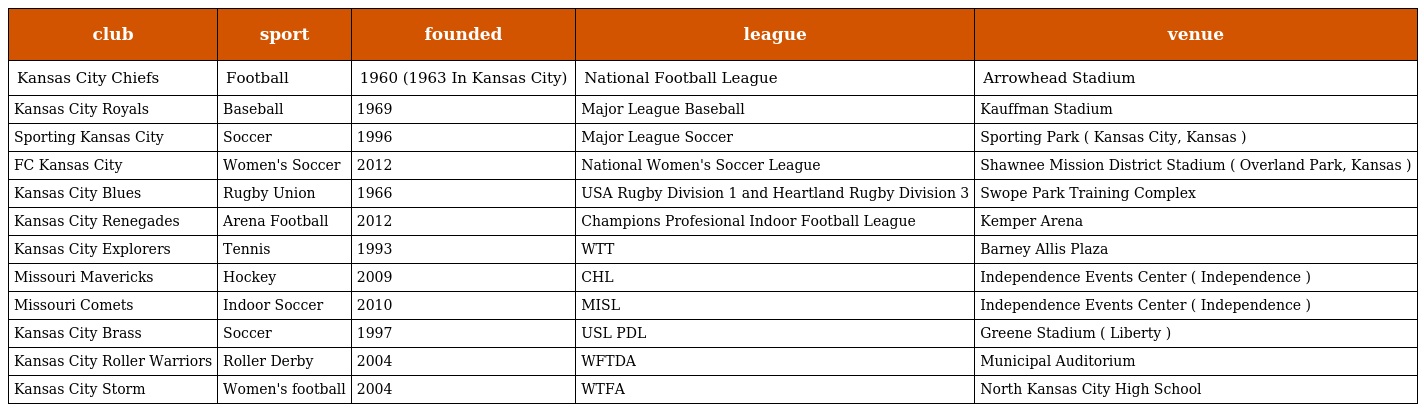
| club | sport | founded | league | venue |
 | --- | --- | --- | --- | --- |
 | Kansas City Chiefs | Football | 1960 (1963 In Kansas City) | National Football League | Arrowhead Stadium |
 | Kansas City Royals | Baseball | 1969 | Major League Baseball | Kauffman Stadium |
 | Sporting Kansas City | Soccer | 1996 | Major League Soccer | Sporting Park ( Kansas City, Kansas ) |
 | FC Kansas City | Women's Soccer | 2012 | National Women's Soccer League | Shawnee Mission District Stadium ( Overland Park, Kansas ) |
 | Kansas City Blues | Rugby Union | 1966 | USA Rugby Division 1 and Heartland Rugby Division 3 | Swope Park Training Complex |
 | Kansas City Renegades | Arena Football | 2012 | Champions Profesional Indoor Football League | Kemper Arena |
 | Kansas City Explorers | Tennis | 1993 | WTT | Barney Allis Plaza |
 | Missouri Mavericks | Hockey | 2009 | CHL | Independence Events Center ( Independence ) |
 | Missouri Comets | Indoor Soccer | 2010 | MISL | Independence Events Center ( Independence ) |
 | Kansas City Brass | Soccer | 1997 | USL PDL | Greene Stadium ( Liberty ) |
 | Kansas City Roller Warriors | Roller Derby | 2004 | WFTDA | Municipal Auditorium |
 | Kansas City Storm | Women's football | 2004 | WTFA | North Kansas City High School |